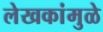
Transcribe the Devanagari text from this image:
लेखकांमुळे